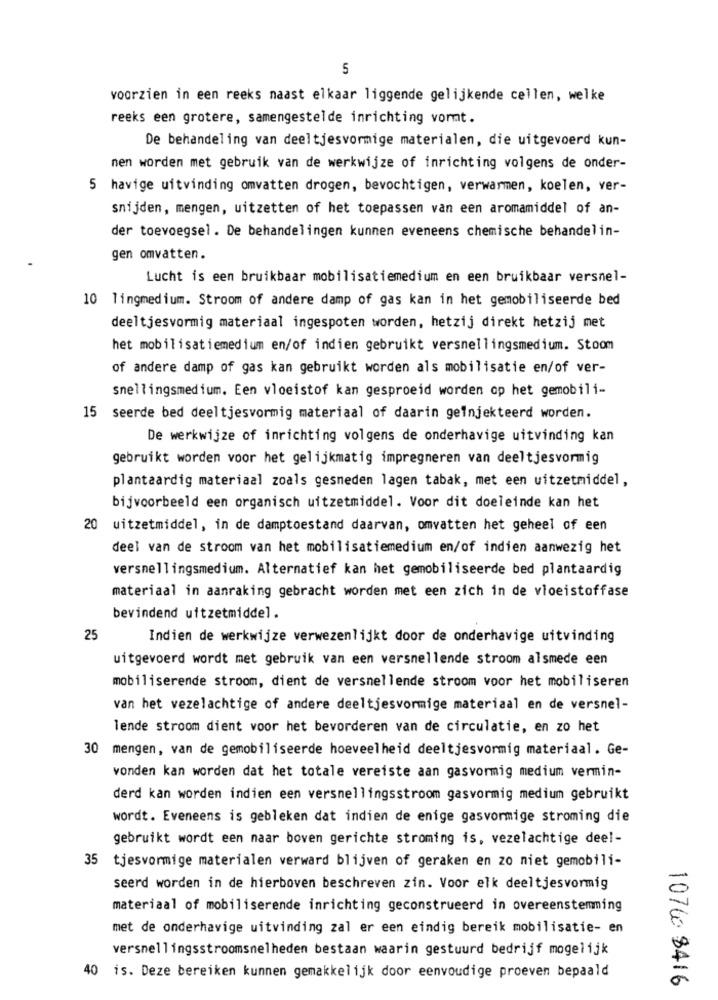
5
voorzien in een reeks naast elkaar liggende gelijkende cellen, welke
reeks een grotere, samengestelde inrichting vormt.
De behandeling van deeltjesvormige materialen, die uitgevoerd kun-
nen worden met gebruik van de werkwijze of inrichting volgens de onder-
5 havige uitvinding omvatten drogen, bevochtigen, verwarmen, koelen, ver-
snijden, mengen, uitzetten of het toepassen van een aromamiddel of an-
der toevoegsel. De behandelingen kunnen eveneens chemische behandelin-
gen omvatten.
Lucht is een bruikbaar mobilisatiemedium en een bruikbaar versnel-
10 lingmedium. Stroom of andere damp of gas kan in het gemobiliseerde bed
deeltjesvormig materiaal ingespoten worden, hetzij direkt hetzij met
het mobilisatiemedium en/of indien gebruikt versnellingsmedium. Stoom
of andere damp of gas kan gebruikt worden als mobilisatie en/of ver-
snellingsmedium. Een vloeistof kan gesproeid worden op het gemobili-
15 seerde bed deeltjesvormig materiaal of daarin geinjekteerd worden.
De werkwijze of inrichting volgens de onderhavige uitvinding kan
gebruikt worden voor het gelijkmatig impregneren van deeltjesvormig
plantaardig materiaal zoals gesneden lagen tabak, met een uitzetmiddel,
bijvoorbeeld een organisch uitzetmiddel. Voor dit doeleinde kan het
20 uitzetmiddel, in de damptoestand daarvan, omvatten het geheel of een
deel van de stroom van het mobilisatiemedium en/of indien aanwezig het
versnellingsmedium. Alternatief kan het gemobiliseerde bed plantaardig
materiaal in aanraking gebracht worden met een zich in de vloeistoffase
bevindend uitzetmiddel.
25
Indien de werkwijze verwezenlijkt door de onderhavige uitvinding
uitgevoerd wordt met gebruik van een versnellende stroom alsmede een
mobiliserende stroom, dient de versnellende stroom voor het mobiliseren
van het vezelachtige of andere deeltjesvormige materiaal en de versnel-
lende stroom dient voor het bevorderen van de circulatie, en zo het
30 mengen, van de gemobiliseerde hoeveelheid deeltjesvormig materiaal. Ge-
vonden kan worden dat het totale vereiste aan gasvormig medium vermin-
derd kan worden indien een versnellingsstroom gasvormig medium gebruikt
wordt. Eveneens is gebleken dat indien de enige gasvormige stroming die
gebruikt wordt een naar boven gerichte stroming is, vezelachtige deel-
35 tjesvormige materialen verward blijven of geraken en zo niet gemobili-
seerd worden in de hierboven beschreven zin. Voor elk deeltjesvormig
materiaal of mobiliserende inrichting geconstrueerd in overeenstemming
met de onderhavige uitvinding zal er een eindig bereik mobilisatie- en
versnellingsstroomsnelheden bestaan waarin gestuurd bedrijf mogelijk
40 is. Deze bereiken kunnen gemakkelijk door eenvoudige proeven bepaald
10760 8416